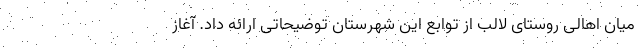
میان اهالی روستای لالب از توابع این شهرستان توضیحاتی ارائه داد. آغاز